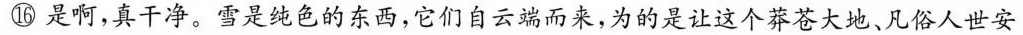
⑯是啊，真干净。雪是纯色的东西，它们自云端而来，为的是让这个莽苍大地，凡俗人世安